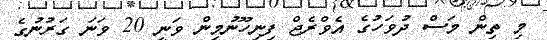
މި ތިން މަސް ދުވަހުގެ އެވްރެޖް ފިނިހޫނުމިން ވަނީ 20 ވަނަ ގަރުނުގެ